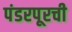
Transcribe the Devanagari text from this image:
पंडरपूरची